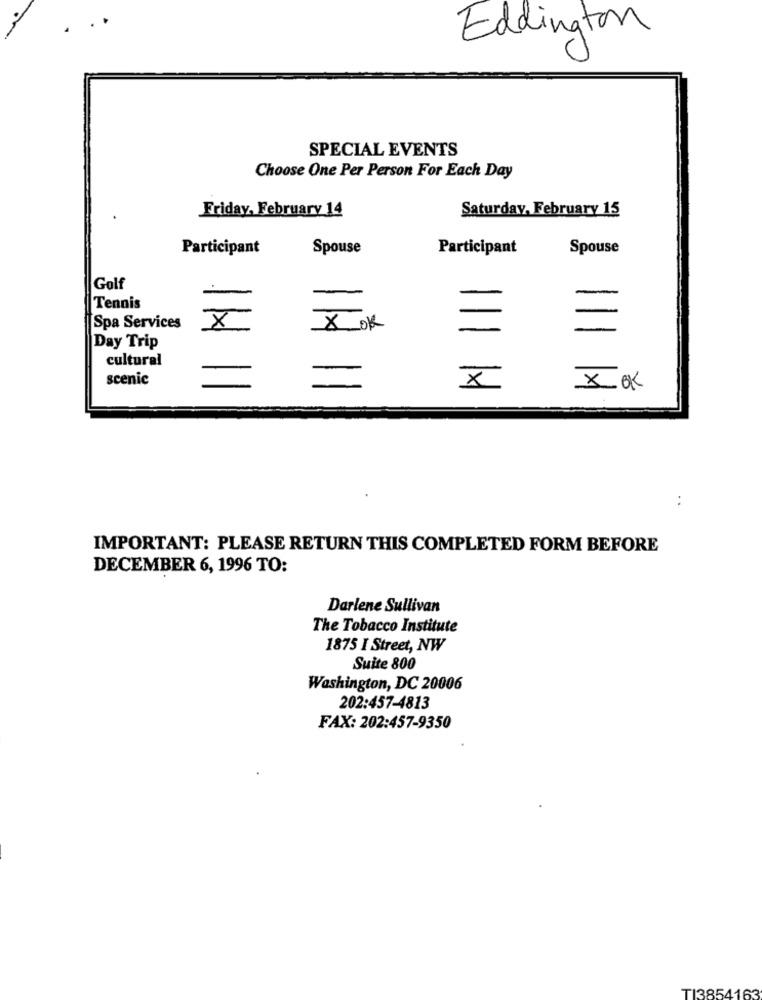
Eddington
SPECIAL EVENTS
Choose One Per Person For Each Day
Friday, February 14
Saturday, February 15
Participant
Spouse
Participant
Spouse
Golf
-
Tennis
X
-
-
Spa Services
-
X-ok
Day Trip
cultural
scenic
-
x
X OK
IMPORTANT: PLEASE RETURN THIS COMPLETED FORM BEFORE
DECEMBER 6, 1996 TO:
Darlene Sullivan
The Tobacco Institute
1875 I Street, NW
Suite 800
Washington, DC 20006
202:457-4813
FAX: 202:457-9350
TI3854163